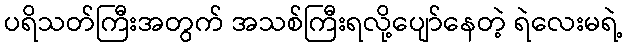
ပရိသတ်ကြီးအတွက် အသစ်ကြီးရလို့ပျော်နေတဲ့ ရဲလေးမရဲ့